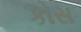
કોસ